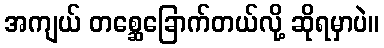
အကျယ် တစ္ဆေခြောက်တယ်လို့ ဆိုရမှာပဲ။